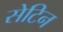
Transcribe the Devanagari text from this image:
सेटिन